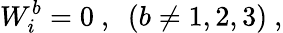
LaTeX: W_{i}^{b}=0\ ,\ \ (b\ne 1,2,3)\ ,